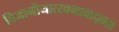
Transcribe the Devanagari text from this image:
विजानीयात्स्वभावाद्ब्रह्म